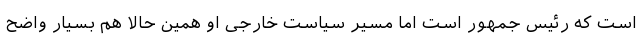
است که رئیس جمهور است اما مسیر سیاست خارجی او همین حالا هم بسیار واضح